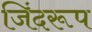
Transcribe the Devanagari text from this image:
जिंदरूप